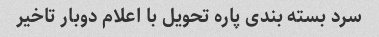
سرد بسته بندی پاره تحویل با اعلام دوبار تاخیر